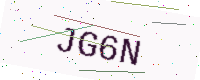
Text: JG6N